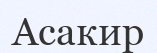
Асакир